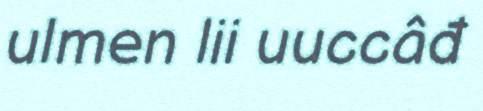
ulmen lii uuccâđ